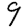
Digit: 9